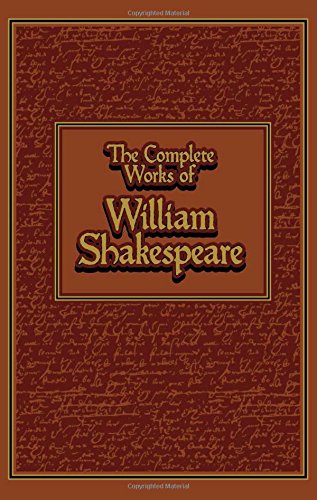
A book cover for Complete Works of William Shakespeare (Leather-bound Classics); William Shakespeare; Literature & Fiction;